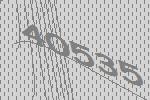
40535